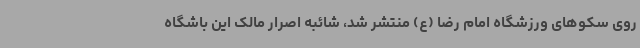
روی سکوهای ورزشگاه امام رضا (ع) منتشر شد، شائبه اصرار مالک این باشگاه